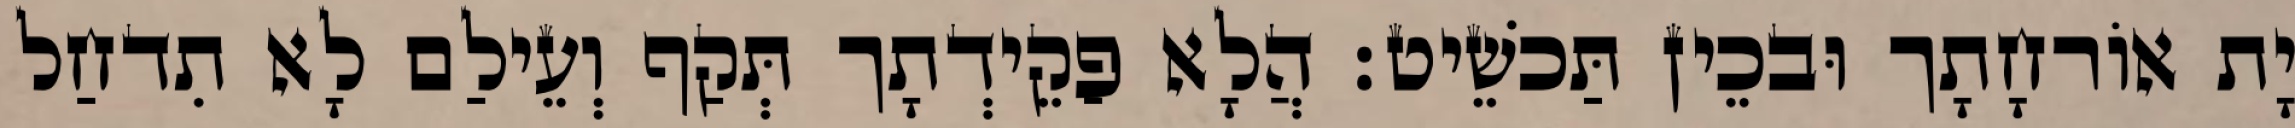
יָת אוֹרחָתָך וּבכֵין תַּכשֵׁיט׃ הֲלָא פַקֵידְתָך תְּקַף וְעֵילַם לָא תִדחַל